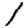
Digit: 1